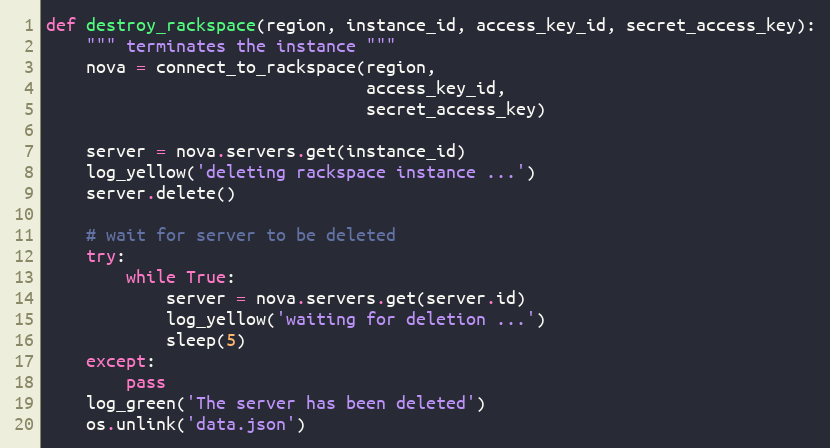
Language: Python
def destroy_rackspace(region, instance_id, access_key_id, secret_access_key):
    """ terminates the instance """
    nova = connect_to_rackspace(region,
                                access_key_id,
                                secret_access_key)

    server = nova.servers.get(instance_id)
    log_yellow('deleting rackspace instance ...')
    server.delete()

    # wait for server to be deleted
    try:
        while True:
            server = nova.servers.get(server.id)
            log_yellow('waiting for deletion ...')
            sleep(5)
    except:
        pass
    log_green('The server has been deleted')
    os.unlink('data.json')